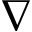
\nabla